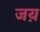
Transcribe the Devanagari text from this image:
जय़